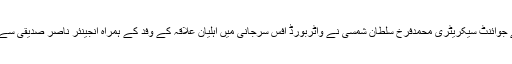
یہ باتیں جمعیت علمائے پاکستان ضلع ملیر کے جوائنٹ سیکریٹری محمدفرخ سلطان شمسی نے واٹربورڈ آفس سرجانی میں اہلیان علاقہ کے وفد کے ہمراہ انجینئر ناصر صدیقی سے ملاقات کے موقع پر گفتگوکرتے ہوئے کہیں۔